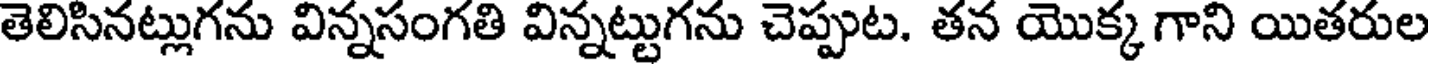
తెలిసినట్లుగను విన్నసంగతి విన్నట్టుగను చెప్పుట. తన యొక్క గాని యితరుల